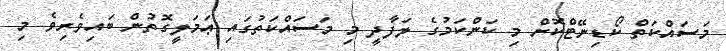
މަސައްކަތް ކޯޑިނޭޓްކޮށް މި ކަންކަމުގެ ލަފާދީ މި މަސައްކަތުގައި ޢަމަލީގޮތުން ބައިވެރިވެ މި